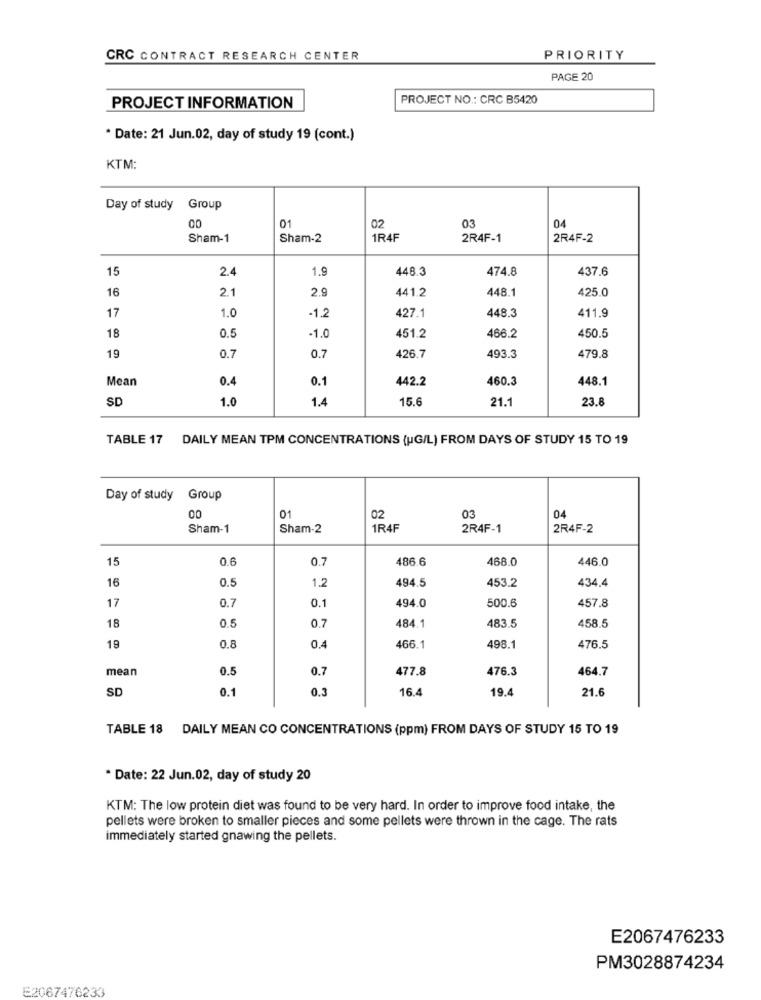
CRC CONTRACT RESEARCH CENTER
PRIORITY
PAGE 20
PROJECT NO .: CRC B5420
PROJECT INFORMATION
* Date: 21 Jun.02, day of study 19 (cont.)
KTM:
Day of study Group
00
01
02
03
04
Sham-1
Sham-2
1R4F
2R4F-1
2R4F-2
15
2.4
1.9
448.3
474.8
437.6
16
2.1
441.2
425.0
2.9
448.1
17
1.0
448.3
411.9
-1.2
427.1
0.5
450.5
18
-1.0
451.2
466.2
19
0.7
0.7
426.7
493.3
479.8
Mean
0.4
0.1
442.2
460.3
448.1
SD
1.0
1.4
15.6
21.1
23.8
TABLE 17 DAILY MEAN TPM CONCENTRATIONS (HG/L) FROM DAYS OF STUDY 15 TO 19
Day of study Group
00
01
02
03
04
Sham-1
Sham-2
1R4F
2R4F-1
2R4F-2
15
0.6
0.7
486.6
468.0
446.0
16
0.5
1.2
494.5
453.2
434.4
17
0.7
0.1
494.0
500.6
457.8
0.7
18
484.1
483.5
458.5
19
0.8
0.4
466.1
498.1
476.5
mean
0.5
0.7
477.8
476.3
464.7
SD
0.1
0.3
16.4
19.4
21.6
TABLE 18 DAILY MEAN CO CONCENTRATIONS (ppm) FROM DAYS OF STUDY 15 TO 19
* Date: 22 Jun.02, day of study 20
KTM: The low protein diet was found to be very hard. In order to improve food intake, the
pellets were broken to smaller pieces and some pellets were thrown in the cage. The rats
immediately started gnawing the pellets.
E2067476233
PM3028874234
E2067476233